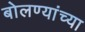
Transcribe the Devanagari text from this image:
बोलण्यांच्या